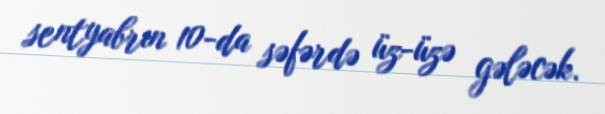
sentyabrın 10-da səfərdə üz-üzə gələcək.